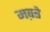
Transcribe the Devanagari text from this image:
मक़्ते